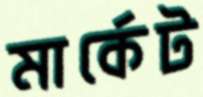
মার্কেট